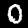
Digit: 0